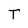
Character: T